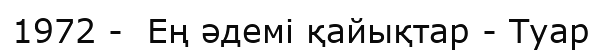
1972 -  Ең әдемі қайықтар - Туар